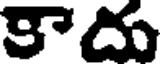
కాదు